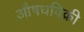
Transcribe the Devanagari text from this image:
औषधविक्री